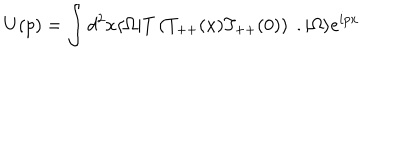
U ( p ) = \int d ^ { 2 } x \langle \Omega | T \left( T _ { + + } ( x ) T _ { + + } ( 0 ) \right) \; . | \Omega \rangle e ^ { i p x }